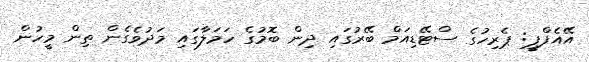
އޭއެފްޕީ: ޕެރިހުގެ ސްޓޭޑިއަމް ބޭރުގައި ދިން ބޮމުގެ ހަމަލާގައި މަދުވެގެން ތިން މީހުން